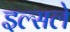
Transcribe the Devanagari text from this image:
इल्सले